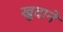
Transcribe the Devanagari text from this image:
खुदाने